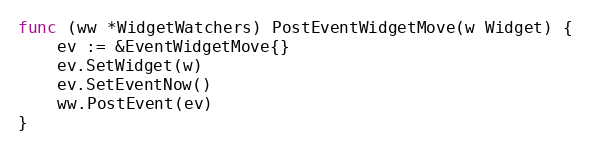
Language: Go
func (ww *WidgetWatchers) PostEventWidgetMove(w Widget) {
	ev := &EventWidgetMove{}
	ev.SetWidget(w)
	ev.SetEventNow()
	ww.PostEvent(ev)
}